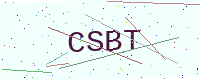
Text: CSBT